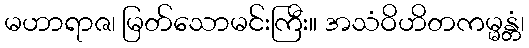
မဟာရာဇ၊ မြတ်သောမင်းကြီး။ အသံဝိဟိတကမ္မန္တံ၊